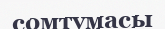
сомтумасы